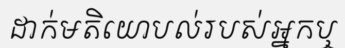
ដាក់មតិយោបល់របស់អ្នកឬ